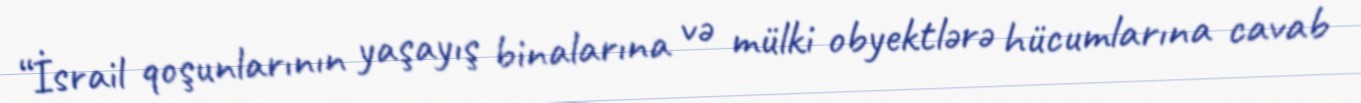
“İsrail qoşunlarının yaşayış binalarına və mülki obyektlərə hücumlarına cavab